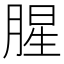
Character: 腥